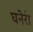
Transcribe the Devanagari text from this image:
घनेरी